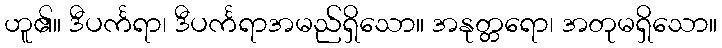
ဟူ၏။ ဒီပင်္ကရာ၊ ဒီပင်္ကရာအမည်ရှိသော။ အနုတ္တရော၊ အတုမရှိသော။